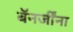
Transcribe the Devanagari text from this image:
बॅनर्जींना